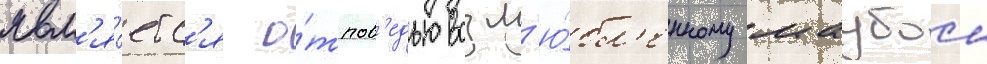
явл'я́етс'я о́тпов'едью возл'ю́бл'енному маубои